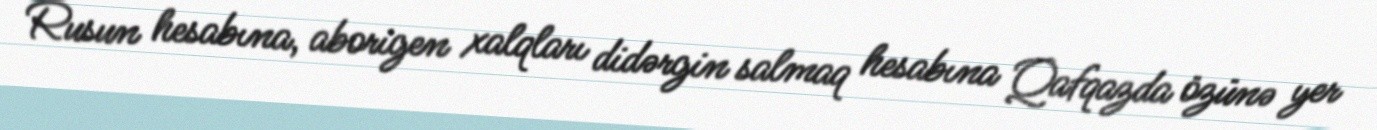
Rusun hesabına, aborigen xalqları didərgin salmaq hesabına Qafqazda özünə yer